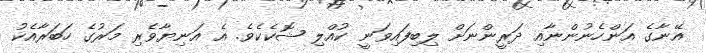
އޭނާގެ އަންހެނުންނާއި ދަރީންނަށް ލިބިފައިވަނީ ކުއްލި ޝޮކެކެވެ. އެ އަނިޔާވެރި މަރުގެ ހަބަރާއެކު